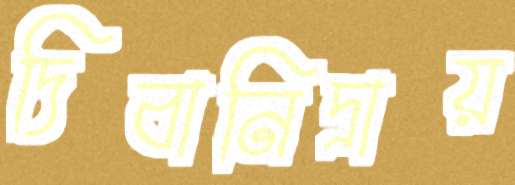
দিবানিদ্রায়